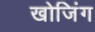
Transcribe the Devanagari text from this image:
खोजिंग